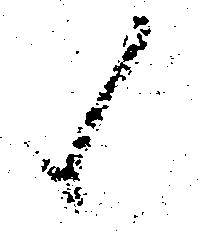
候